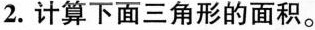
2.计算下面三角形的面积。